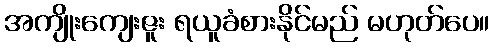
အကျိုးကျေးဇူး ရယူခံစားနိုင်မည် မဟုတ်ပေ။